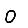
Digit: 0